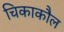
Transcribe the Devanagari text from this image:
चिकाकौल